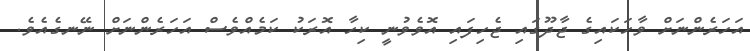
އަހަރެންނަށް ވާހަކައިގެ ޖާދޫގައި ޖެހިފައި އޮވެވުނީ ކިހާ އޮރަކު ކަމެއްވެސް އަހަރެންނަށް ނޭނގެއެވެ.